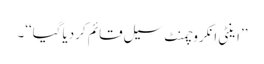
’’اینٹی انکروچمنٹ سیل قائم کردیا گیا‘‘۔